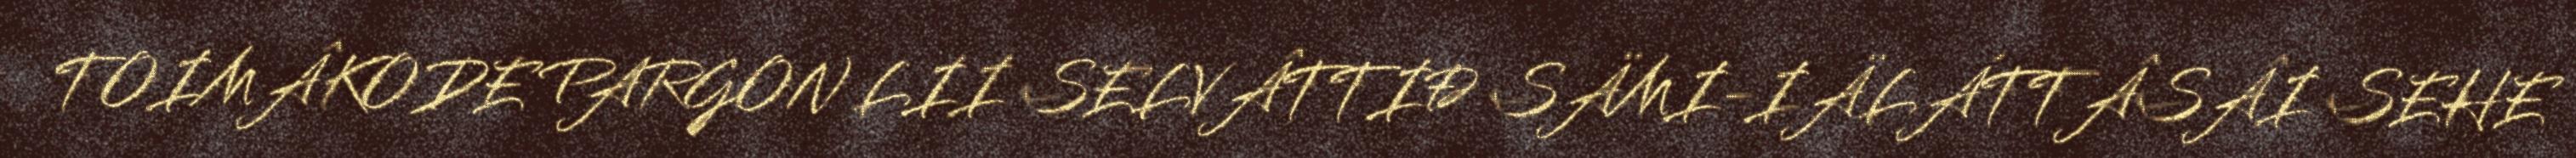
TOIMÂKODE PARGON LII SELVÂTTIĐ SÄMI-IÄLÁTTÂSÂI SEHE